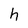
Character: h